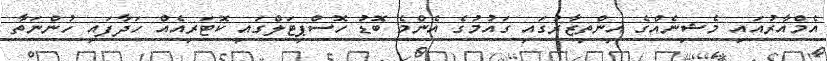
އެމްއާރުއައި މެޝިނެއްގެ އިންތިޒާރުގައި ގައުމުގެ އެންމެ ބޮޑު ހޮސްޕިޓަލްގައި ކޮޓަރިއެއް ހަދާފައި ހުންނަތާ